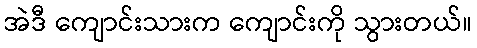
အဲဒီ ကျောင်းသားက ကျောင်းကို သွားတယ်။